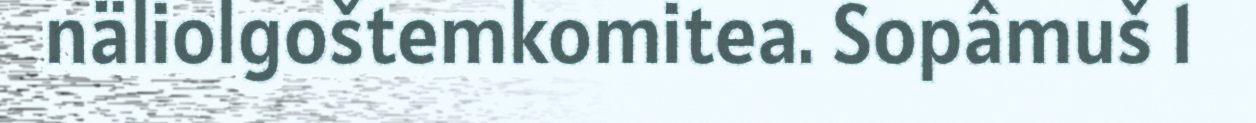
näliolgoštemkomitea. Sopâmuš 1